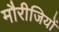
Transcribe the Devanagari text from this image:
मौरीजियों